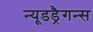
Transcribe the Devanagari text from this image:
न्यूडड्रैगन्स